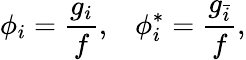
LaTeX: \phi_{i}=\frac{g_{i}}{f},\; \; \; \phi_{i}^{*}=\frac{g_{\bar{i}}}{f},